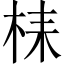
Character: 𣑳